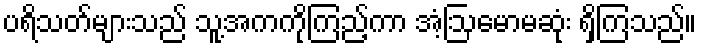
ပရိသတ်များသည် သူ့အကကိုကြည့်ကာ အံ့ဩမောမဆုံး ရှိကြသည်။